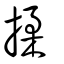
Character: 揉